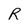
Character: r